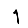
Digit: 1